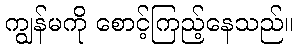
ကျွန်မကို စောင့်ကြည့်နေသည်။